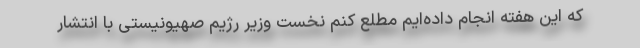
که این هفته انجام داده‌ایم مطلع کنم نخست وزیر رژیم صهیونیستی با انتشار